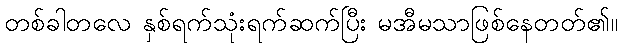
တစ်ခါတလေ နှစ်ရက်သုံးရက်ဆက်ပြီး မအီမသာဖြစ်နေတတ်၏။